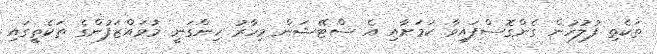
ތަކެތި ފުލުހުން ގެންގޮސްފައިވާ ކަމަށާއި އެ ސްޓޭޝަން މިހާރު ހިންގަނީ މުވައްޒަފުންގެ ތަކެތީގައި